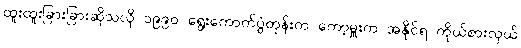
ထူးထူးခြားခြားဆိုသလို ၁၉၉၀ ရွေးကောက်ပွဲတုန်းက ကော့မှူးက အနိုင်ရ ကိုယ်စားလှယ်